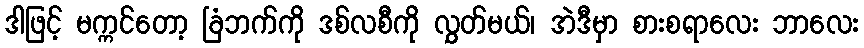
ဒါဖြင့် မက္ကင်တော့ ခြံဘက်ကို ဒစ်လစီကို လွှတ်မယ်၊ အဲဒီမှာ စားစရာလေး ဘာလေး